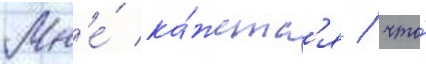
Мн'е́ ка́жетс'я / что́